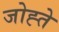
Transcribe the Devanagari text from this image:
जोह्ते